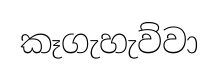
කෑගැහැව්වා